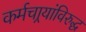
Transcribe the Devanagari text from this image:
कर्मचार्‍यांविरुद्ध